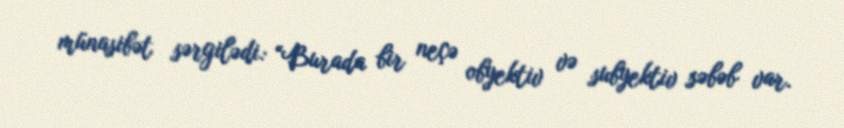
münasibət sərgilədi: “Burada bir neçə obyektiv və subyektiv səbəb var.